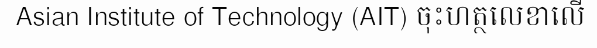
Asian Institute of Technology (AIT) ចុះហត្ថលេខាលើ